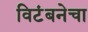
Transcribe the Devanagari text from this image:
विटंबनेचा